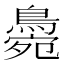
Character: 𪂭